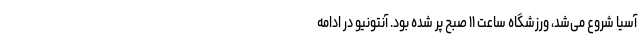
آسیا شروع می‌شد، ورزشگاه ساعت ۱۱ صبح پر شده بود. آنتونیو در ادامه